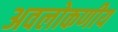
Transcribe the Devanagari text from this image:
अवलोकणीय